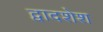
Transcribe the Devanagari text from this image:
द्वादशेश